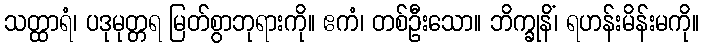
သတ္ထာရံ၊ ပဒုမုတ္တရ မြတ်စွာဘုရားကို။ ဧကံ၊ တစ်ဦးသော။ ဘိက္ခုနိံ၊ ရဟန်းမိန်းမကို။